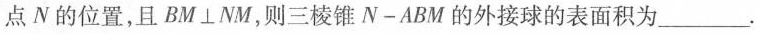
到达点 N 的位置，且$$B M⊥N M$$，则三棱锥 N-A B M 的外接球的表面积为___.